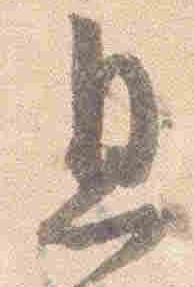
息